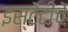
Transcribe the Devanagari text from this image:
इस्टेटींचें